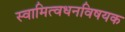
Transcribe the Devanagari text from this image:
स्वामित्वधनविषयक